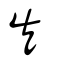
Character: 矢